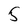
Character: 5